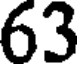
63